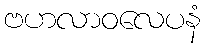
ဗဟလာဝလေပနံ